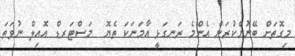
މިގޮތަށް ބޭނުންކުރަން އެންމެ ރަނގަޅީ އާމަނަކަ ތެޔޮ  މަސްޓަރޑް އޮއިލް ނުވަތަ